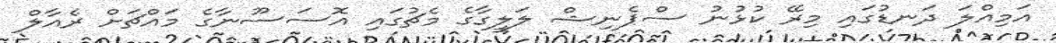
އަމިއްލަ ދަނޑުގައި މިރޭ ކުޅުނު ސްޕެނިޝް ލަލީގާގެ މެޗުގައި އޮސަސޫނާގެ މައްޗަށް ރެއާލް